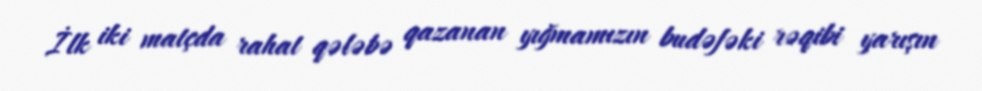
İlk iki matçda rahat qələbə qazanan yığmamızın budəfəki rəqibi yarışın